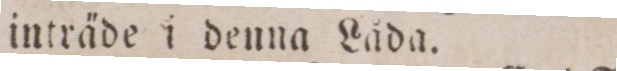
inträde i denna Låda.